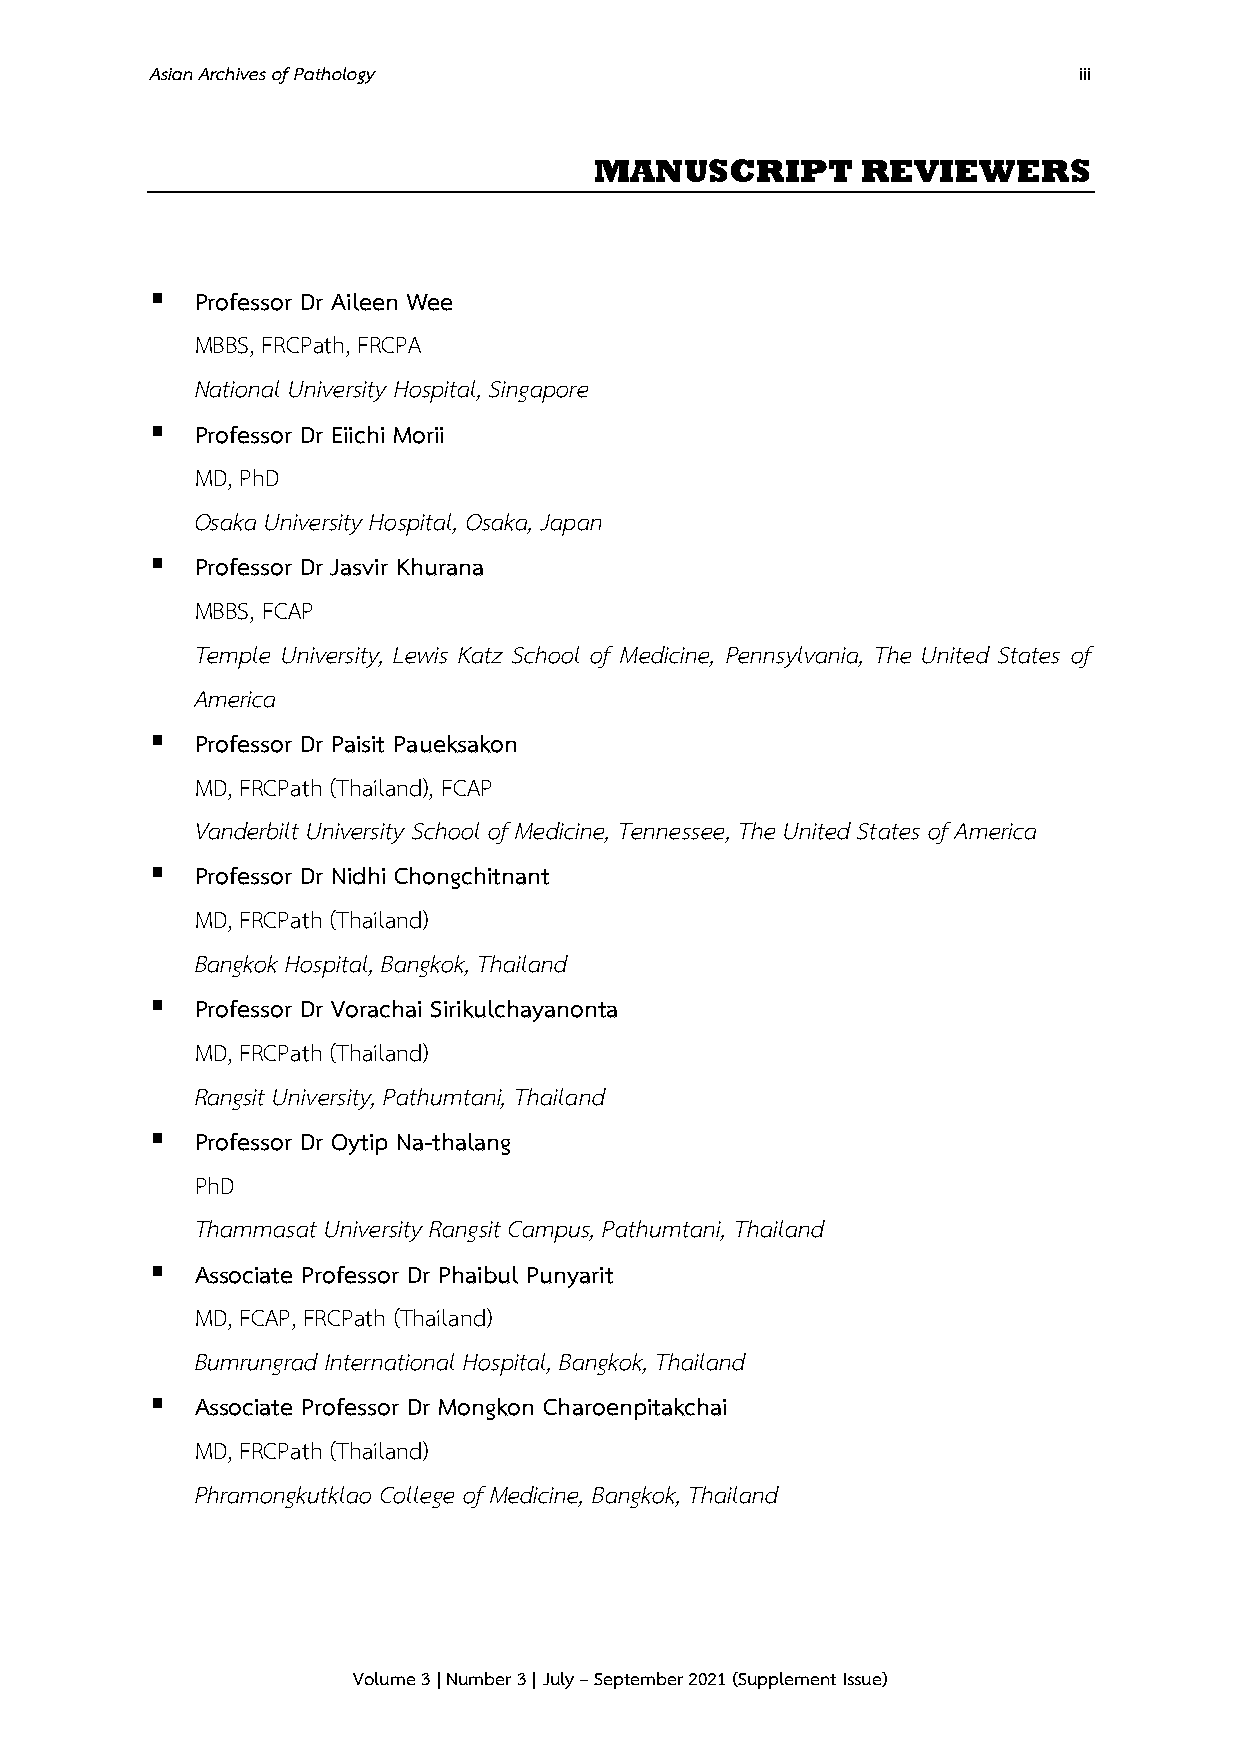
Asian Archives of Pathology                                  iii
 MANUSCRIPT        REVIEWERS
 ▪  Professor Dr Aileen Wee
 MBBS, FRCPath, FRCPA
 National University Hospital, Singapore
 ▪  Professor Dr Eiichi Morii
 MD, PhD
 Osaka University Hospital, Osaka, Japan
 ▪  Professor Dr Jasvir Khurana
 MBBS, FCAP
 Temple University, Lewis Katz School of Medicine, Pennsylvania, The United States of
 America
 ▪  Professor Dr Paisit Paueksakon
 MD, FRCPath (Thailand), FCAP
 Vanderbilt University School of Medicine, Tennessee, The United States of America
 ▪  Professor Dr Nidhi Chongchitnant
 MD, FRCPath (Thailand)
 Bangkok Hospital, Bangkok, Thailand
 ▪  Professor Dr Vorachai Sirikulchayanonta
 MD, FRCPath (Thailand)
 Rangsit University, Pathumtani, Thailand
 ▪  Professor Dr Oytip Na-thalang
 PhD
 Thammasat University Rangsit Campus, Pathumtani, Thailand
 ▪  Associate Professor Dr Phaibul Punyarit
 MD, FCAP, FRCPath (Thailand)
 Bumrungrad International Hospital, Bangkok, Thailand
 ▪  Associate Professor Dr Mongkon Charoenpitakchai
 MD, FRCPath (Thailand)
 Phramongkutklao College of Medicine, Bangkok, Thailand
 Volume 3 | Number 3 | July – September 2021 (Supplement Issue)